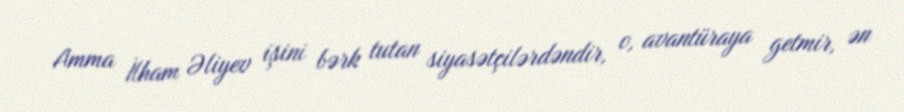
Amma İlham Əliyev işini bərk tutan siyasətçilərdəndir, o, avantüraya getmir, ən